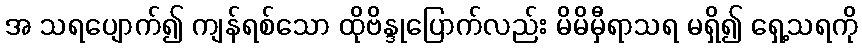
အ သရပျောက်၍ ကျန်ရစ်သော ထိုဗိန္ဒုပြောက်လည်း မိမိမှီရာသရ မရှိ၍ ရှေ့သရကို